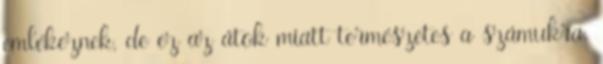
emlékeznek, de ez az átok miatt természetes a számukra.